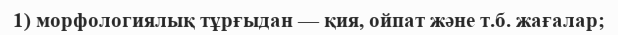
1) морфологиялық тұрғыдан — қия, ойпат және т.б. жағалар;